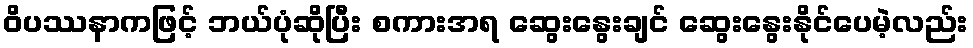
ဝိပဿနာကဖြင့် ဘယ်ပုံဆိုပြီး စကားအရ ဆွေးနွေးချင် ဆွေးနွေးနိုင်ပေမဲ့လည်း